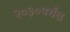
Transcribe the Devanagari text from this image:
२०३०पर्यंत